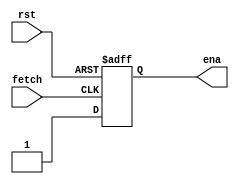
module machinectl(ena,fetch,rst); 
    output ena;
    input fetch,rst;
    reg ena;
    
    always @(posedge fetch or posedge rst)      //rst
       begin
           if(rst)
              ena<=0;
           else
              ena<=1;
       end
     endmodule